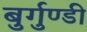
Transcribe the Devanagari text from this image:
बुर्गुण्डी